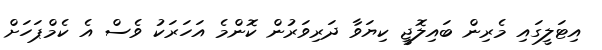
އިޓަލީގައި މެރިން ބައިލޮޖީ ކިޔަވާ ދަރިވަރުން ކޮންމެ އަހަރަކު ވެސް އެ ކެމްޕަހަށް